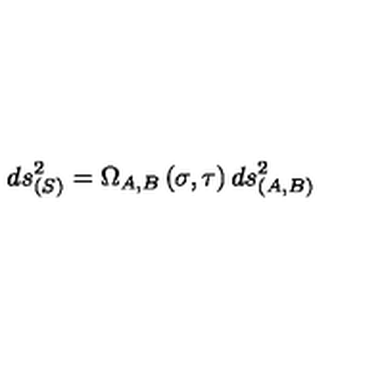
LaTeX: d s _ { ( S ) } ^ { 2 } = \Omega _ { A , B } \left( \sigma , \tau \right) d s _ { ( A , B ) } ^ { 2 }